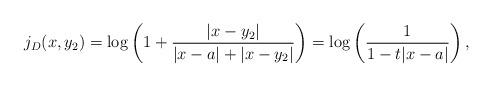
LaTeX: \begin{align*} j_D(x,y_2) = \log \left( 1+\frac{|x-y_2|}{|x-a|+|x-y_2|} \right) = \log \left( \frac{1}{1-t|x-a|} \right),\end{align*}